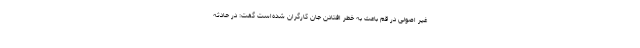
غیر اصولی در قم باعث به خطر افتادن جان کارگران شده‌است گفت: در حادثه